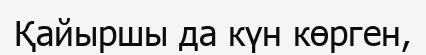
Қайыршы да күн көрген,